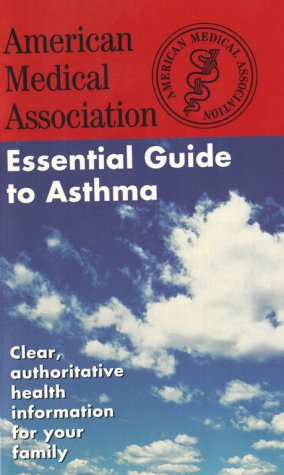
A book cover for The American Medical Association Essential Guide to Asthma (Better Health for 2003); AMA; Health, Fitness & Dieting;